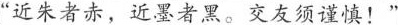
”近朱者赤，近墨者黑。交友须谨慎！”